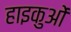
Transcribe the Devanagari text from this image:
हाइकुओं